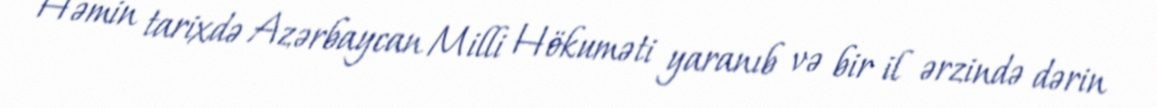
Həmin tarixdə Azərbaycan Milli Hökuməti yaranıb və bir il ərzində dərin